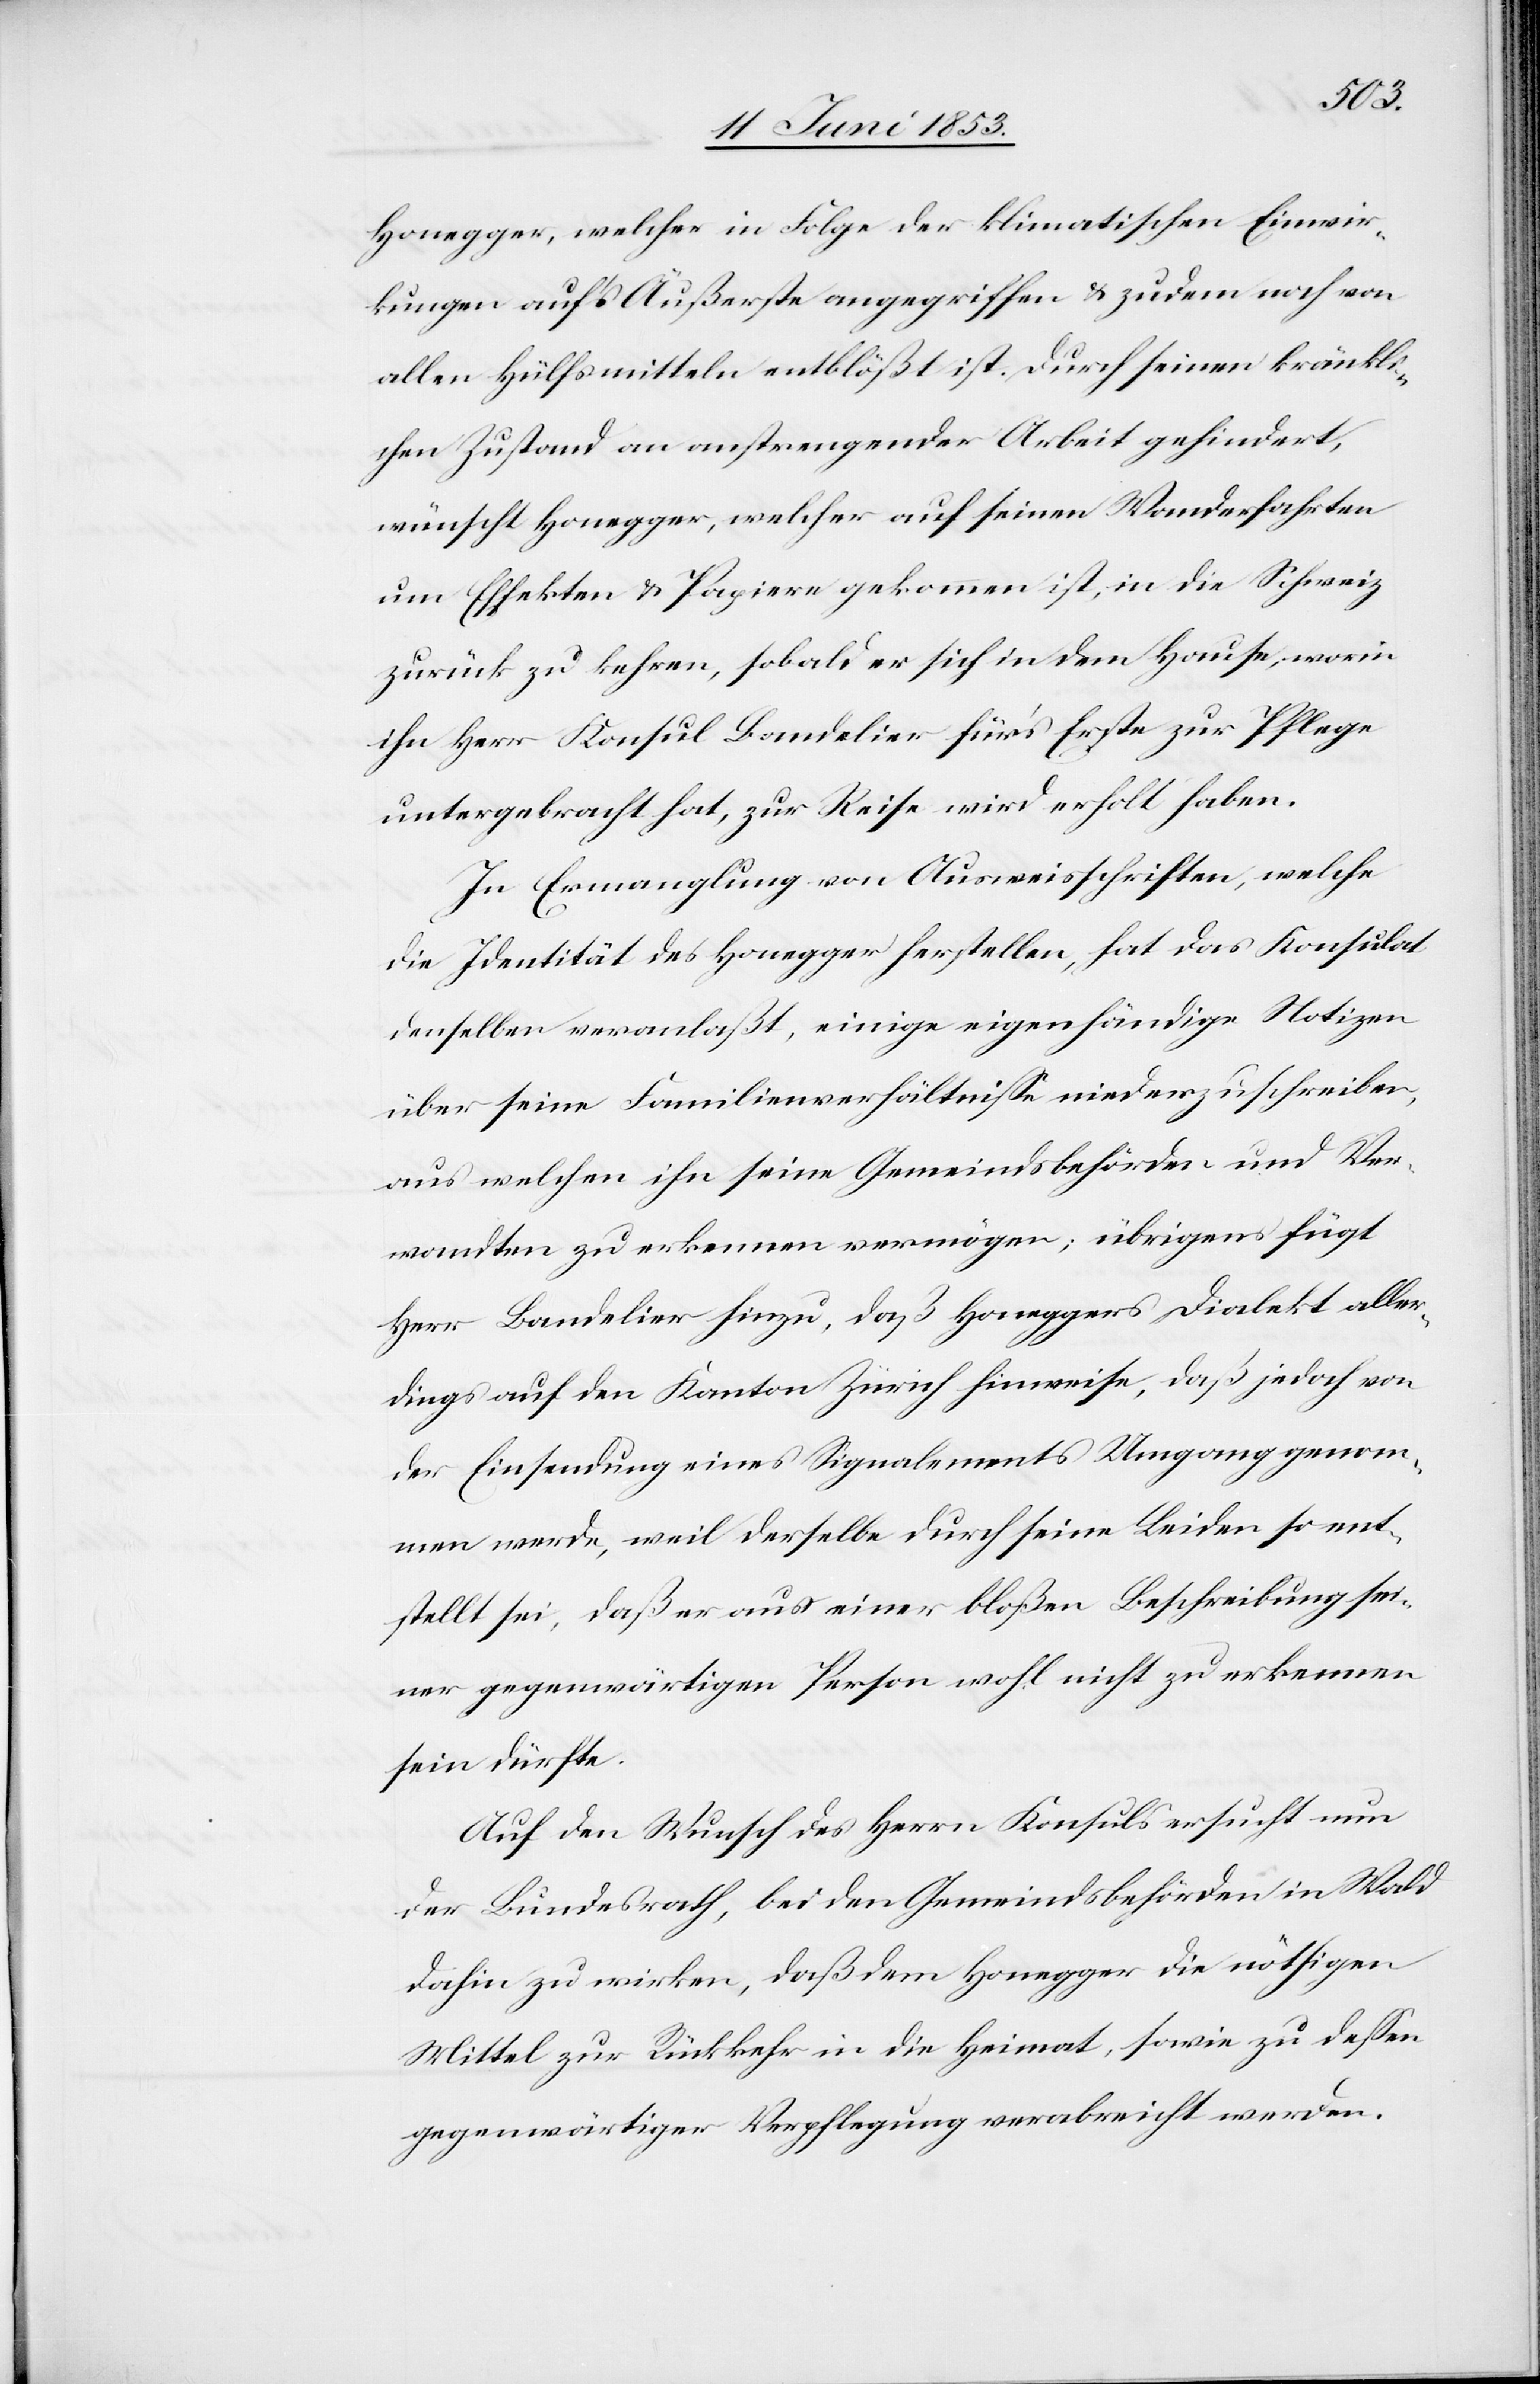
Honegger, welcher in Folge der klimatischen Einwir¬
kungen aufs Äußerste angegriffen u. zudem noch von
allen Hülfsmitteln entblößt ist. Durch seinen kränkli¬
chen Zustand an anstrengender Arbeit gehindert,
wünscht Honegger, welcher auf seinen Wanderfahrten
um Effekten u. Papiere gekommen ist, in die Schweiz
zurück zu kehren, sobald er sich in dem Hause, worin
ihn Herr Konsul Bandelier für’s Erste zur Pflege
untergebracht hat, zur Reise wird erholt haben.
In Ermangelung von Ausweisschriften, welche
die Identität des Honegger herstellen, hat das Konsulat
denselben veranlaßt, einige eigenhändige Notizen
über seine Familienverhältniße niederzuschreiben,
aus welchen ihn seine Gemeindsbehörde und Ver¬
wandten zu erkennen vermögen; übrigens fügt
Herr Bandelier hinzu, daß Honeggers Dialekt aller¬
dings auf den Kanton Zürich hinweise, daß jedoch von
der Einsendung eines Signalements Umgang genom¬
men werde, weil derselbe durch sein Leiden so ent¬
stellt sei, daß er aus einer bloßen Beschreibung sei¬
ner gegenwärtigen Person wohl nicht zu erkennen
sein dürfte.
Auf den Wunsch des Herrn Konsuls ersucht nun
der Bundesrath, bei den Gemeindsbehörden in Wald
dahin zu wirken, daß dem Honegger die nöthigen
Mittel zur Rückkehr in die Heimat, sowie zu deßen
gegenwärtiger Verpflegung verabreicht werden.